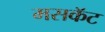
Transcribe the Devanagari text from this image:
मसकॅट